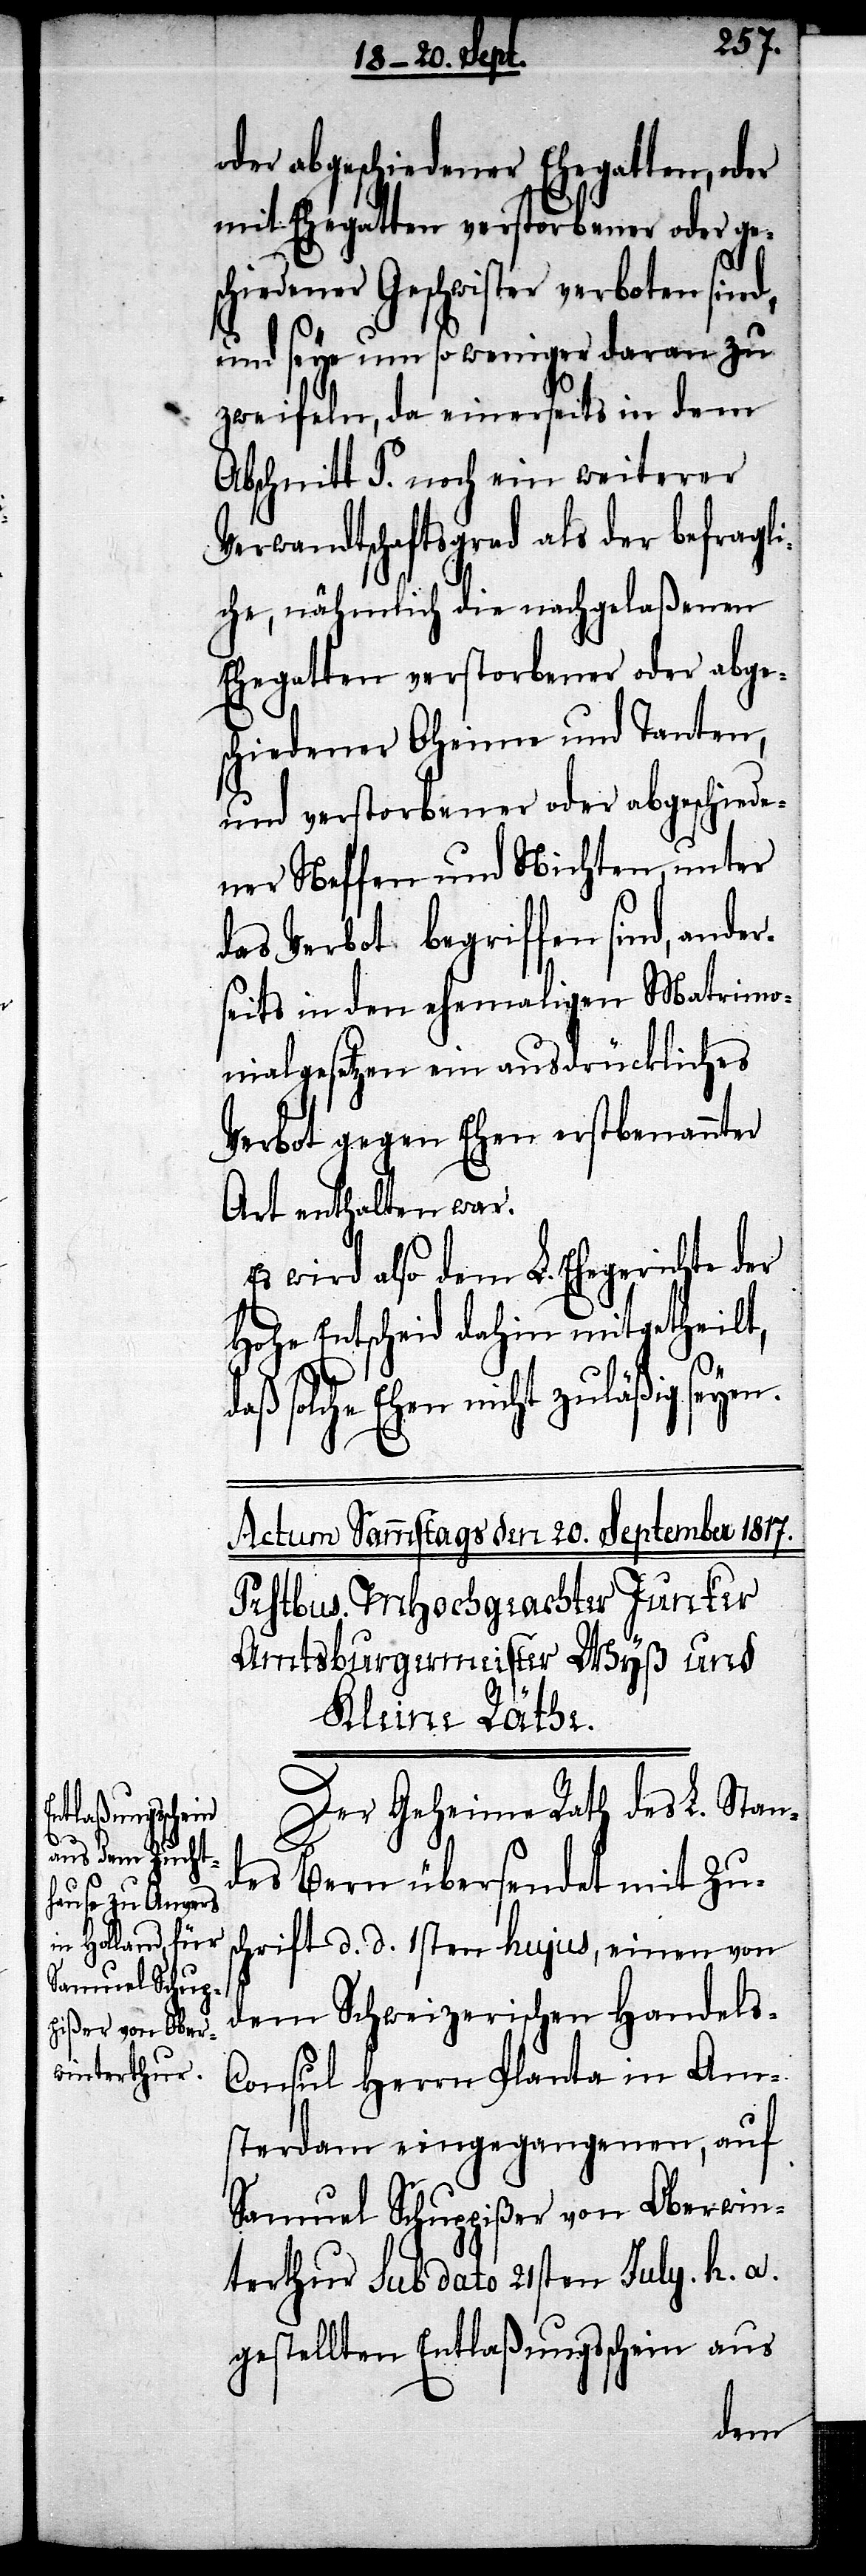
oder abgeschiedener Ehegatten, oder
mit Ehegatten verstorbener oder ges¬
chiedener Geschwister verboten sind,
und seye um so weniger daran zu
zweifeln, da einerseits in dem
Abschnitt P. noch ein weiterer
Verwandtschaftsgrad als der befragli¬
che, nähmlich die nachgelaßenen
Ehegatten verstorbener oder abges¬
ener Neffen und Nichten, unter
das Verbot begriffen sind, ander¬
seits in den ehemaligen Matrimo¬
nialgesetzen ein ausdrückliches
Verbot gegen Ehen erstbenannter
Art enthalten war.
Es wird also dem L. Ehegerichte der
Hohe Entscheid dahin mitgetheilt,
solche Ehen nicht zuläßig seyen.
Der Geheime Rath des L. Stan¬
des Bern übersendet mit Zus¬
chrift d. d. 1sten hujus, einen von
dem Schweizerischen Handels-C¬
onsul Herrn Planta in Am¬
sterdam eingegangenen, auf
Samuel Schuppißer von Oberwin¬
terthur sub dato 21sten July. h. a.
gestellten Entlaßungsschein aus
chied¬